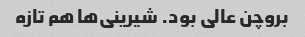
بروچن عالی بود. شیرینی‌ها هم تازه